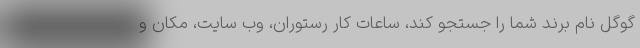
گوگل نام برند شما را جستجو کند، ساعات کار رستوران، وب سایت، مکان و